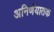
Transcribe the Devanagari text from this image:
अनिर्णयातक